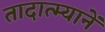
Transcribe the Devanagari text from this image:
तादात्म्यानें